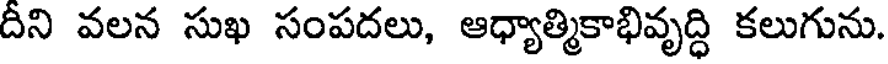
దీని వలన సుఖ సంపదలు, ఆధ్యాత్మికాభివృద్ధి కలుగును.